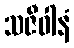
သဇီဝါနံ